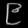
Digit: ၉